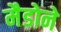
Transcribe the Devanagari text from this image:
मैडोने